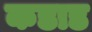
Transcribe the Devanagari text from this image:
कडाड